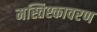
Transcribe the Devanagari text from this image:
मस्तिश्कावरण